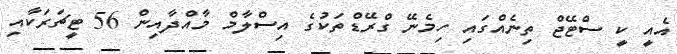
އެއީ ކީ ސްޓޭޖް ތިނެއްގައި ހިމެނޭ ގްރޭޑްތަކުގެ އިސްލާމް މާއްދާއިން 56 ޓީޗަރަކާއި